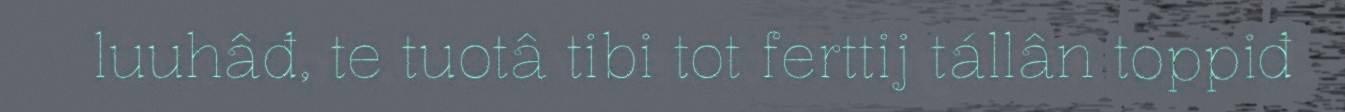
luuhâđ, te tuotâ tibi tot ferttij tállân toppiđ